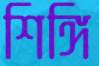
শিঙ্গি